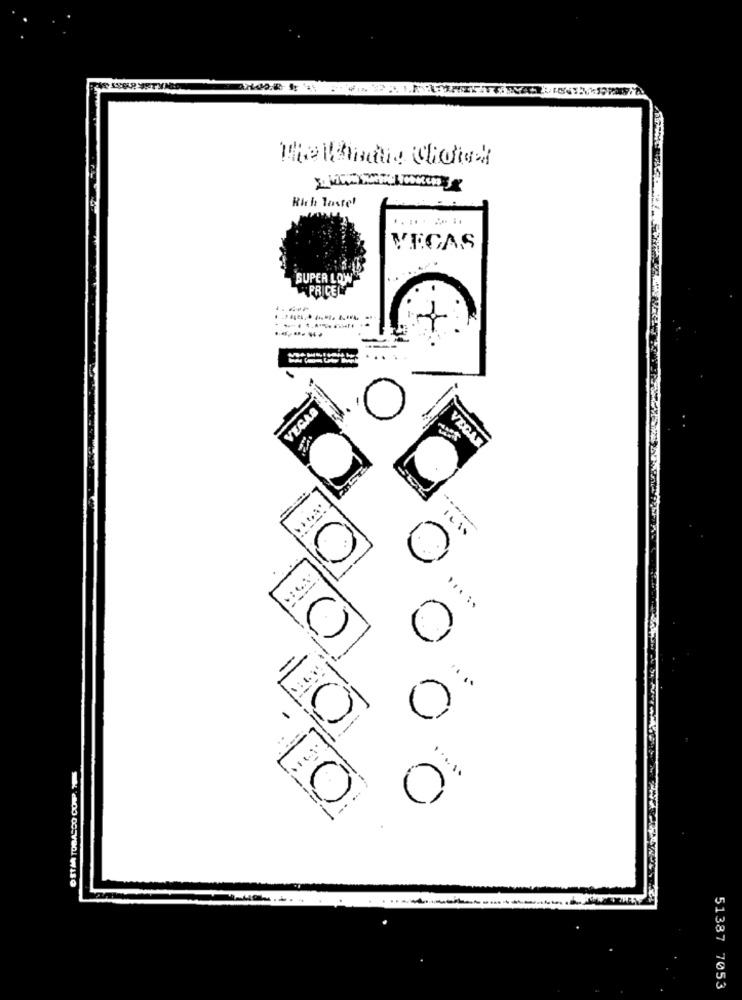
Rich Taste'
VEGAS
SUPER LOW
"PRICE
VEGAA
VECAX
.....
....
0
0
TO
51387 7053